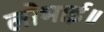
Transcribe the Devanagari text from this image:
लोभाई॥